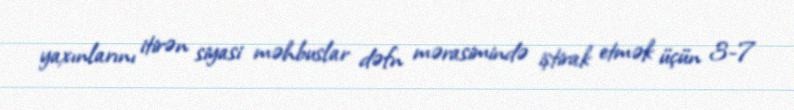
yaxınlarını itirən siyasi məhbuslar dəfn mərasimində iştirak etmək üçün 3-7